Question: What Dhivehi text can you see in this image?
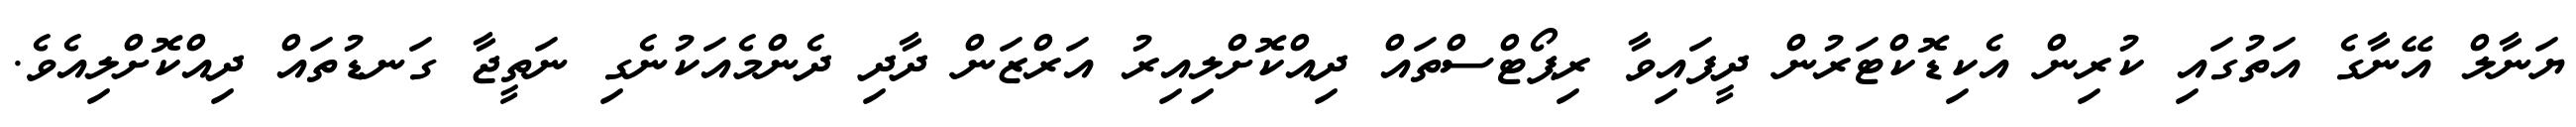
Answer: ޔަނާލް އޭނާގެ އަތުގައި ކުރިން އެކިޑޮކްޓަރުން ދީފައިވާ ރިޕޯޓްސްތައް ދިއްކޮށްލިއިރު އަރްޒަން ދާދި ދެންމެއަކުނެގި ނަތީޖާ ގަނޑުތައް ދިއްކޮށްލިއެވެ.